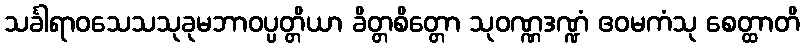
သင်္ခါရာဝသေသသုခုမဘာဝပ္ပတ္တိယာ ခိတ္တစိတ္တော သုဝဏ္ဏဒဏ္ဍံ ဧဝမကံသု စေတ္ထာတိ